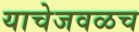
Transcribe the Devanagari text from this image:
याचेजवळच